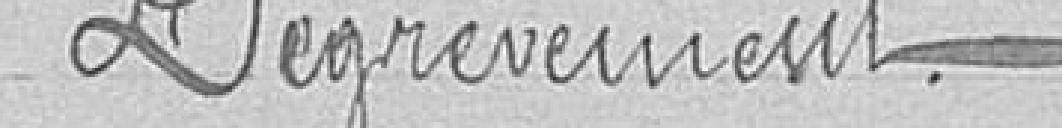
Dégrèvement